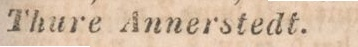
Thure Ånnerstedt.